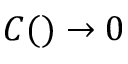
C ( ) \rightarrow 0